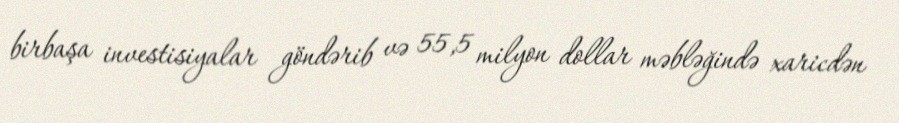
birbaşa investisiyalar göndərib və 55,5 milyon dollar məbləğində xaricdən